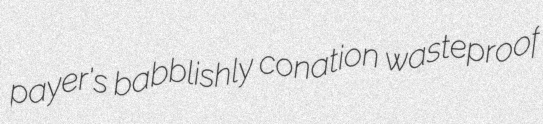
payer's babblishly conation wasteproof